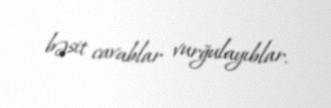
bəsit cavablar vurğulayıblar.